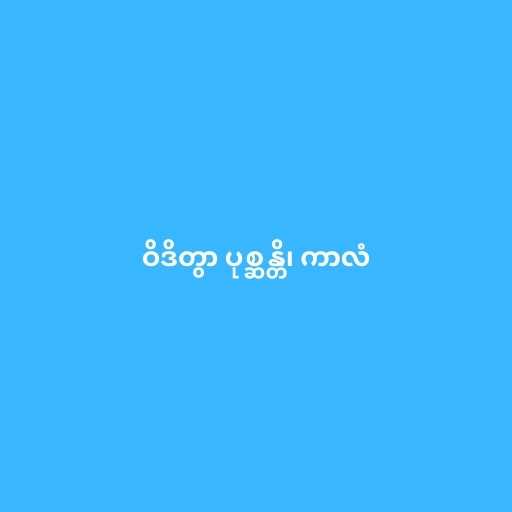
ဝိဒိတွာ ပုစ္ဆန္တိ၊ ကာလံ